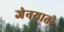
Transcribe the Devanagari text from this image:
जेनयाती